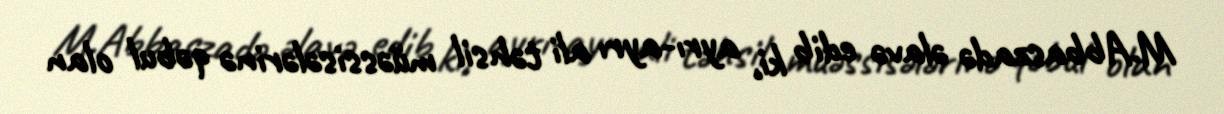
M.Abbaszadə əlavə edib ki, ayrı-ayrı ali təhsil müəssisələrinə qəbul olan